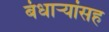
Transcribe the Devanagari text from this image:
बंधार्‍यांसह